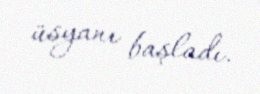
üsyanı başladı.